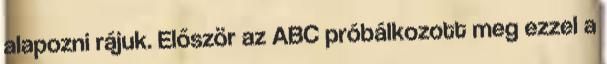
alapozni rájuk. Először az ABC próbálkozott meg ezzel a